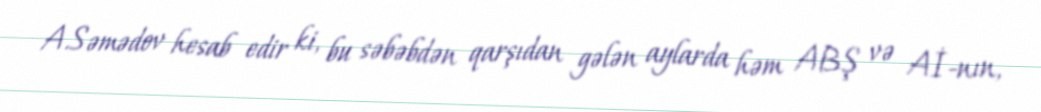
A.Səmədov hesab edir ki, bu səbəbdən qarşıdan gələn aylarda həm ABŞ və Aİ-nın,